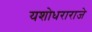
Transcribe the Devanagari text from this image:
यशोधराराजे